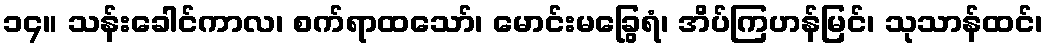
၁၄။ သန်းခေါင်ကာလ၊ စက်ရာထသော်၊ မောင်းမခြွေရံ၊ အိပ်ကြဟန်မြင်၊ သုသာန်ထင်၊